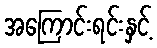
အကြောင်းရင်းနှင့်